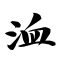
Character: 洫